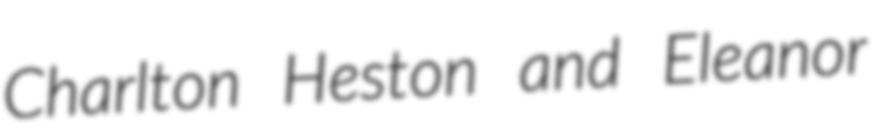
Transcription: Charlton Heston and Eleanor